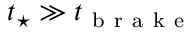
t _ { \star } \gg t _ { \mathrm { ~ b ~ r ~ a ~ k ~ e ~ } }